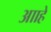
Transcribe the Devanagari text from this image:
आाहे